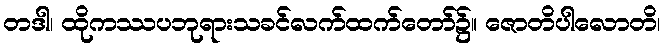
တဒါ၊ ထိုကဿပဘုရားသခင်လက်ထက်တော်၌။ ဇောတိပါလောတိ၊